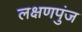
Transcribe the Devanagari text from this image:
लक्षणपुंज